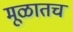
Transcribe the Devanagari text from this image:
मूळातच